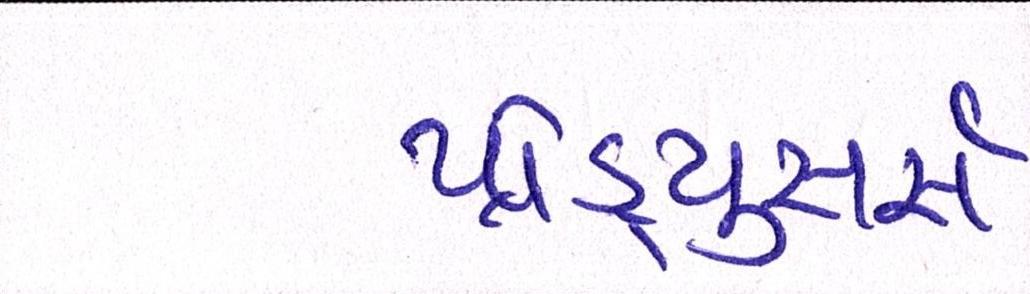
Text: પ્રોડ્યુસર્સ